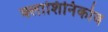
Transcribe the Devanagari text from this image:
क्लाशिनिकोव